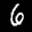
Label: 6